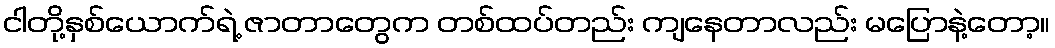
ငါတို့နှစ်ယောက်ရဲ့ ဇာတာတွေက တစ်ထပ်တည်း ကျနေတာလည်း မပြောနဲ့တော့။